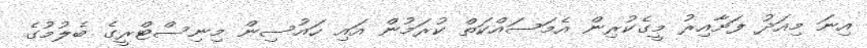
އިނަ މިއަދު ފަށާއިރު މީގެކުރިން އެމަސައްކަތް ކުރަމުން އައި ހައުސިން މިނިސްޓްރީގެ ބެލުމުގެ